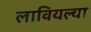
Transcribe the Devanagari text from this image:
लावियल्या